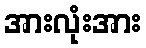
အားလုံးအား